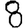
Digit: 8